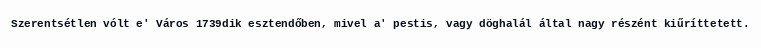
Szerentsétlen vólt e' Város 1739dik esztendőben, mivel a' pestis, vagy döghalál által nagy részént kiűríttetett.